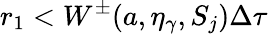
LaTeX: r_{1}<W^{\pm}(a,\eta_{\gamma},S_{j})\Delta\tau